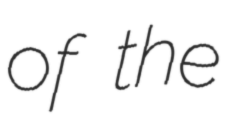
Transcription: of the